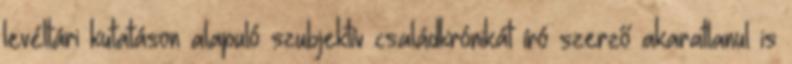
levéltári kutatáson alapuló szubjektív családkrónikát író szerző akaratlanul is